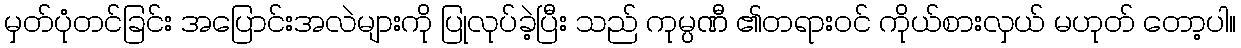
မှတ်ပုံတင်ခြင်း အပြောင်းအလဲများကို ပြုလုပ်ခဲ့ပြီး သည် ကုမ္ပဏီ ၏တရားဝင် ကိုယ်စားလှယ် မဟုတ် တော့ပါ။